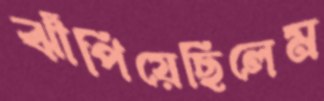
ঝাঁপিয়েছিলেম